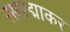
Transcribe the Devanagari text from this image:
रसपद्माकर